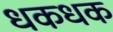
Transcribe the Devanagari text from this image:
धकधक